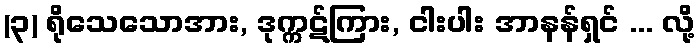
(၃) ရိုသေသောအား, ဒုက္ကဋ်ကြား, ငါးပါး အာနန်ရှင် ... လို့